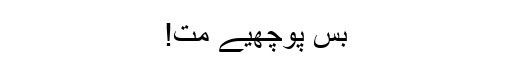
بس پوچھیے مت!